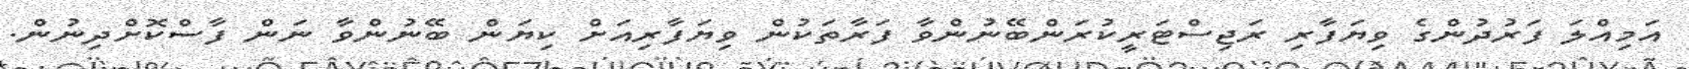
އަމިއްލަ ފަރުދުންގެ ވިޔަފާރި ރަޖިސްޓަރީކުރަންބޭނުންވާ ފަރާތަކުން ވިޔަފާރިއަށް ކިޔަން ބޭނުންވާ ނަން ފާސްކޮށްދިނުން.